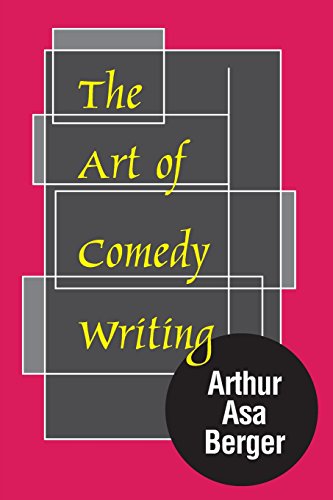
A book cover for The Art of Comedy Writing; Arthur Asa Berger; Humor & Entertainment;